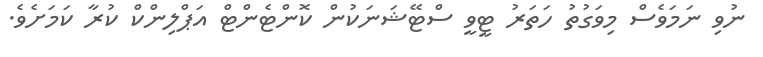
ނުވި ނަމަވެސް މިވަގުތު ހަތަރު ޓީވީ ސްޓޭޝަނަކުން ކޮންޓެންޓް އަޕްލިންކް ކުރާ ކަމަށެވެ.